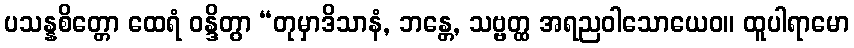
ပသန္နစိတ္တော ထေရံ ဝန္ဒိတွာ “တုမှာဒိသာနံ, ဘန္တေ, သဗ္ဗတ္ထ အရညဝါသောယေဝ။ ထူပါရာမော